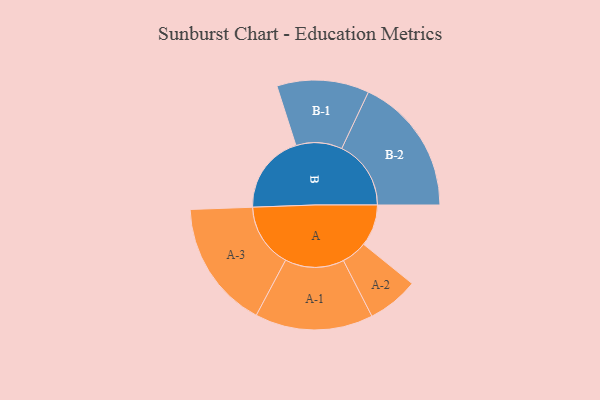
{"axis": {"x": "Segment", "y": "Value"}, "legend": ["", "A", "B"], "data": [{"x": "A", "y": 171, "type": ""}, {"x": "B", "y": 326, "type": ""}, {"x": "A-1", "y": 242, "type": "A"}, {"x": "A-2", "y": 105, "type": "A"}, {"x": "A-3", "y": 263, "type": "A"}, {"x": "B-1", "y": 189, "type": "B"}, {"x": "B-2", "y": 284, "type": "B"}]}